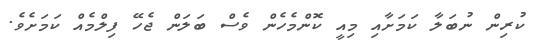
ކުރިން ނުބަލާ ކަމަށާއި މިއީ ކޮންމެހެން ވެސް ބަލަން ޖެހޭ ފިލްމެއް ކަމަށެވެ.